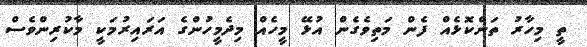
ތީ މިހާރު ތަންކޮޅެއް ފެން މަތިވެގެން އުޅޭ މީހެއް މިދެމީހުންގެ އަރައިރުމަކީ މާކުރިންވެސް